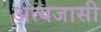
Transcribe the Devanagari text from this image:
अंत्यजासी